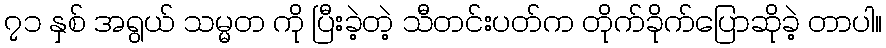
၇၁ နှစ် အရွယ် သမ္မတ ကို ပြီးခဲ့တဲ့ သီတင်းပတ်က တိုက်ခိုက်ပြောဆိုခဲ့ တာပါ။